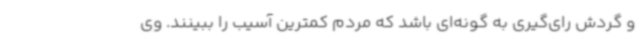
و گردش رای‌گیری به گونه‌ای باشد که مردم کمترین آسیب را ببینند. وی